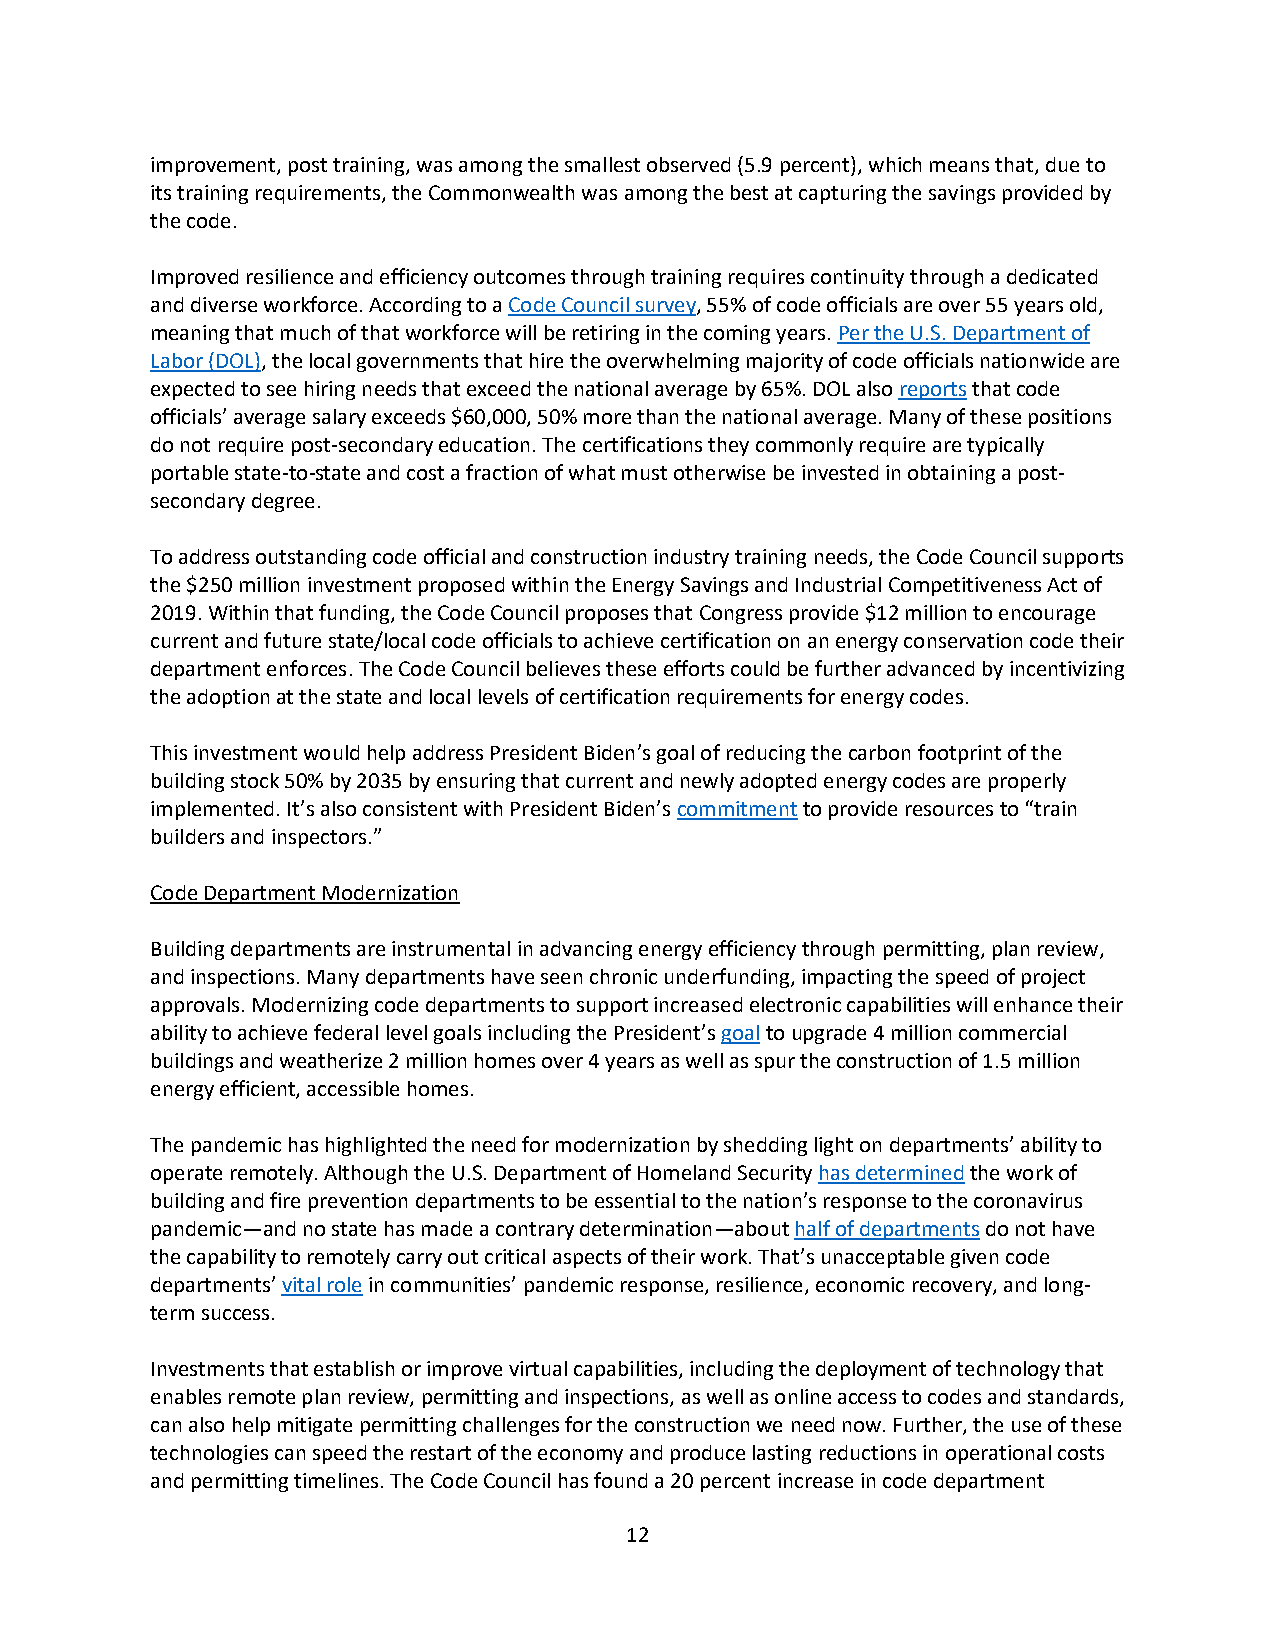
improvement, post training, was among the smallest observed (5.9 percent), which means that, due to
 its training requirements, the Commonwealth was among the best at capturing the savings provided by
 the code.
 Improved resilience and efficiency outcomes through training requires continuity through a dedicated
 and diverse workforce. According to a Code Council survey, 55% of code officials are over 55 years old,
 meaning that much of that workforce will be retiring in the coming years. Per the U.S. Department of
 Labor (DOL), the local governments that hire the overwhelming majority of code officials nationwide are
 expected to see hiring needs that exceed the national average by 65%. DOL also reports that code
 officials’ average salary exceeds $60,000, 50% more than the national average. Many of these positions
 do not require post-secondary education. The certifications they commonly require are typically
 portable state-to-state and cost a fraction of what must otherwise be invested in obtaining a post-
 secondary degree.
 To address outstanding code official and construction industry training needs, the Code Council supports
 the $250 million investment proposed within the Energy Savings and Industrial Competitiveness Act of
 2019. Within that funding, the Code Council proposes that Congress provide $12 million to encourage
 current and future state/local code officials to achieve certification on an energy conservation code their
 department enforces. The Code Council believes these efforts could be further advanced by incentivizing
 the adoption at the state and local levels of certification requirements for energy codes.
 This investment would help address President Biden’s goal of reducing the carbon footprint of the
 building stock 50% by 2035 by ensuring that current and newly adopted energy codes are properly
 implemented. It’s also consistent with President Biden’s commitment to provide resources to “train
 builders and inspectors.”
 Code Department Modernization
 Building departments are instrumental in advancing energy efficiency through permitting, plan review,
 and inspections. Many departments have seen chronic underfunding, impacting the speed of project
 approvals. Modernizing code departments to support increased electronic capabilities will enhance their
 ability to achieve federal level goals including the President’s goal to upgrade 4 million commercial
 buildings and weatherize 2 million homes over 4 years as well as spur the construction of 1.5 million
 energy efficient, accessible homes.
 The pandemic has highlighted the need for modernization by shedding light on departments’ ability to
 operate remotely. Although the U.S. Department of Homeland Security has determined the work of
 building and fire prevention departments to be essential to the nation’s response to the coronavirus
 pandemic—and no state has made a contrary determination—about half of departments do not have
 the capability to remotely carry out critical aspects of their work. That’s unacceptable given code
 departments’ vital role in communities’ pandemic response, resilience, economic recovery, and long-
 term success.
 Investments that establish or improve virtual capabilities, including the deployment of technology that
 enables remote plan review, permitting and inspections, as well as online access to codes and standards,
 can also help mitigate permitting challenges for the construction we need now. Further, the use of these
 technologies can speed the restart of the economy and produce lasting reductions in operational costs
 and permitting timelines. The Code Council has found a 20 percent increase in code department
 12